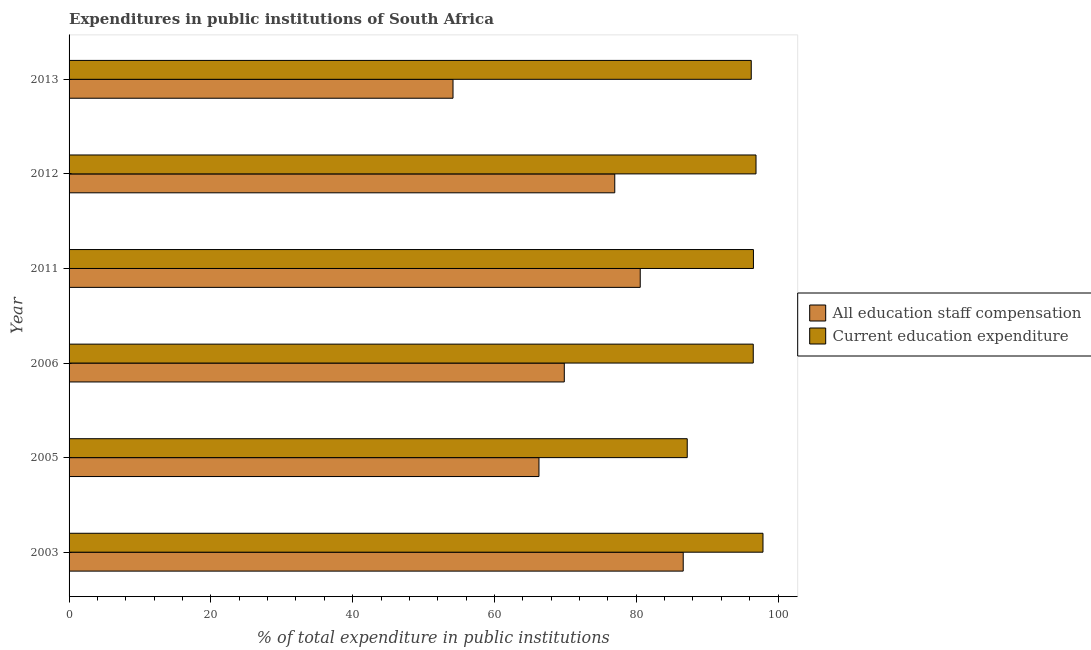
| Year | All education staff compensation | Current education expenditure |
 | --- | --- | --- |
 | 2003 | 86.6 | 97.9 |
 | 2005 | 66.3 | 87.2 |
 | 2006 | 69.8 | 96.5 |
 | 2011 | 80.6 | 96.5 |
 | 2012 | 77 | 96.9 |
 | 2013 | 54.2 | 96.2 |